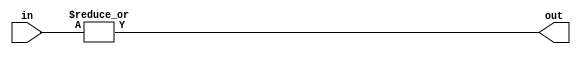
`timescale 1ns / 1ps

module ORGate(
    	in,
        out
    );
    
    parameter k_s = 2;

    input [k_s*k_s-1 : 0] in;
    output out;

    assign out = |in;

endmodule